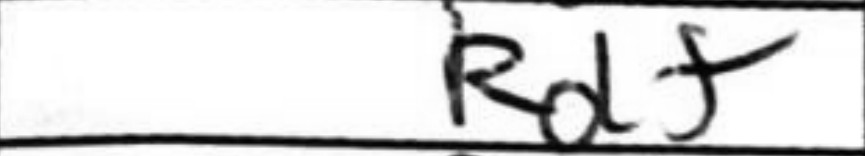
Transcription: Rd+